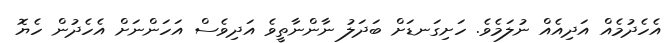
އެހެދުމެއް އަދިއެއް ނުލަމެވެ. ހަށިގަނޑަށް ބަދަލު ނާންނާތީވެ އަދިވެސް އަހަންނަށް އެހެދުން ހެޔޮ